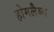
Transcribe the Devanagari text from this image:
होमलैब्स